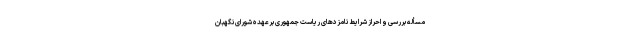
مسأله بررسی و احراز شرایط نامزدهای ریاست جمهوری برعهده شورای نگهبان